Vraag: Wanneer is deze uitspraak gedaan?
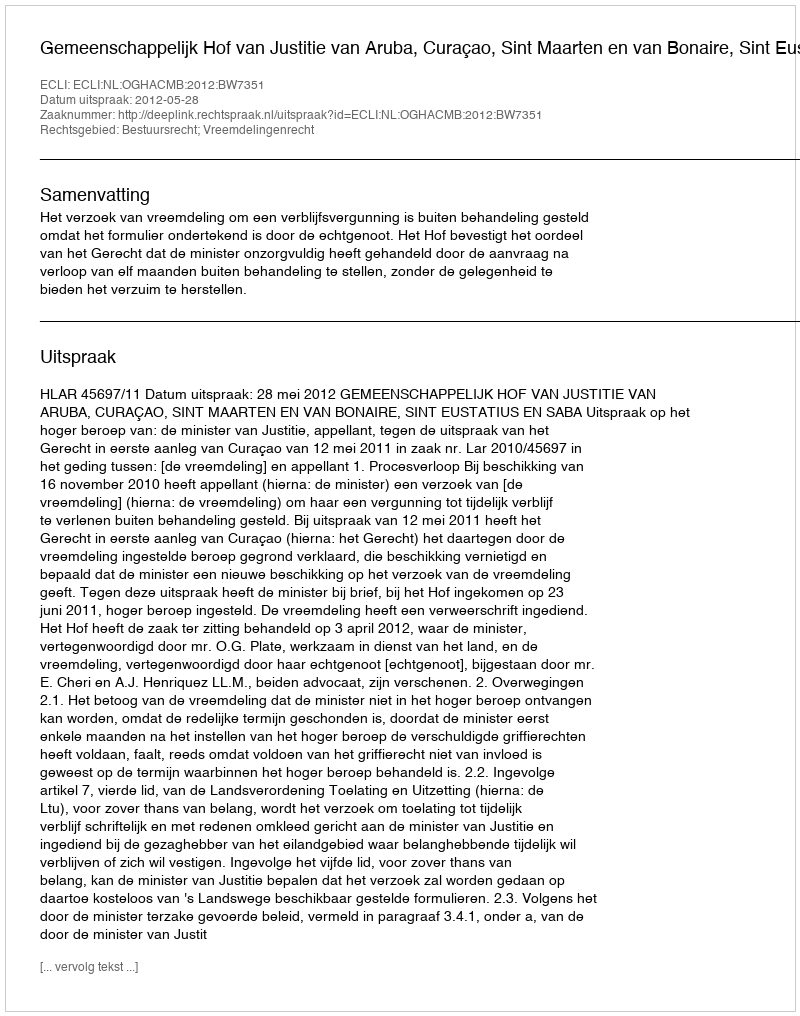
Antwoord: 2012-05-28